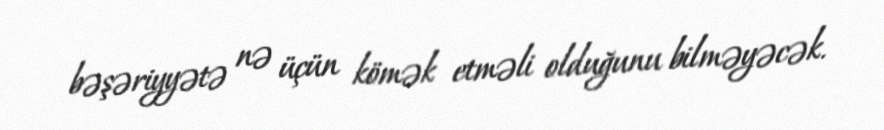
bəşəriyyətə nə üçün kömək etməli olduğunu bilməyəcək.